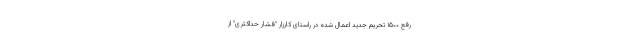
رفع ۱۵۰۰ تحریم جدید اعمال‌ شده در راستای کارزار "فشار حداکثری" از